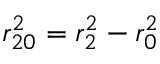
r _ { 2 0 } ^ { 2 } = r _ { 2 } ^ { 2 } - r _ { 0 } ^ { 2 }